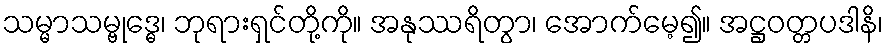
သမ္မာသမ္ဗုဒ္ဓေ၊ ဘုရားရှင်တို့ကို။ အနုဿရိတွာ၊ အောက်မေ့၍။ အဋ္ဌဝတ္တပဒါနိ၊